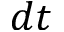
d t